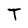
Character: T